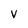
Character: v